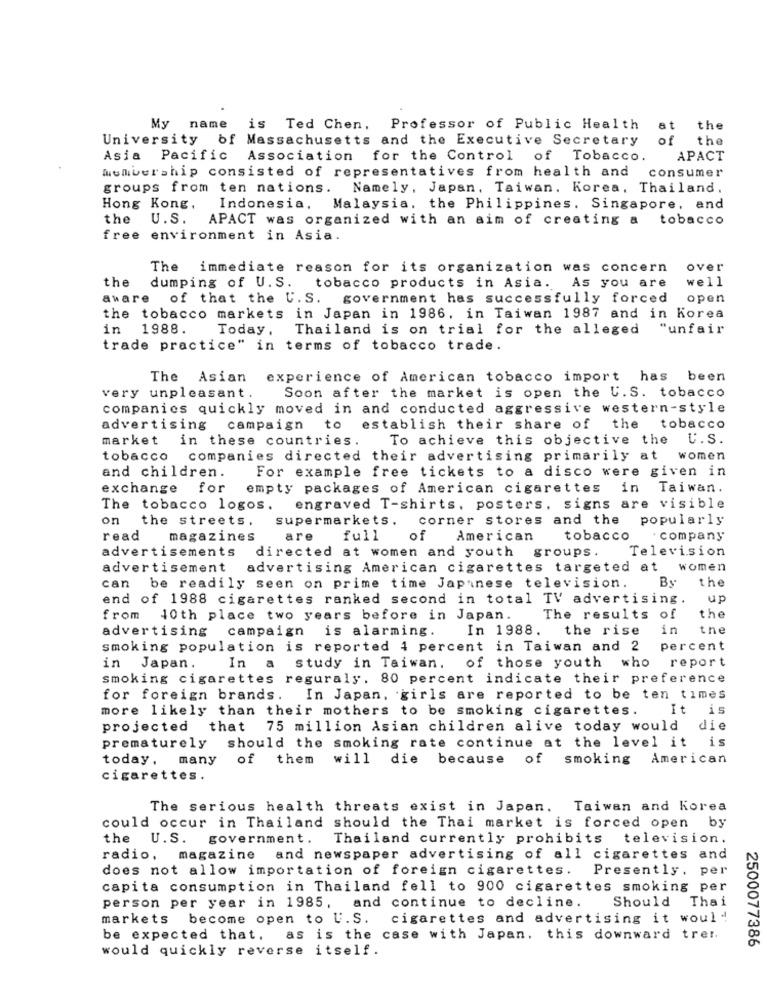
My name is Ted Chen, Professor of Public Health
at
the
University of Massachusetts and the Executive Secretary
of
the
Asia Pacific
Association for the Control of Tobacco.
APACT
membership consisted of representatives from health and
consumer
groups from ten nations.
Namely, Japan, Taiwan. Korea, Thailand.
Hong Kong.
Indonesia, Malaysia. the Philippines. Singapore, and
the
U.S. APACT was organized with an aim of creating a tobacco
free environment in Asia.
The immediate reason for its organization was concern
over
the
well
dumping of U.S. tobacco products in Asia. As you are
aware of that the U. S. government has successfully forced
open
the tobacco markets in Japan in 1986, in Taiwan 1987 and in Korea
in
1988.
Today .
Thailand is on trial for the alleged
"unfair
trade practice" in terms of tobacco trade.
The Asian
experience of American tobacco import has been
very unpleasant.
Soon after the market is open the U. S. tobacco
companies quickly moved in and conducted aggressive western-style
advertising campaign to
establish their share of the tobacco
market in these countries.
To achieve this objective the U.S.
tobacco companies directed their advertising primarily at women
For example free tickets to a disco were given in
and children.
exchange
for
empty packages of American cigarettes in Taiwan.
The tobacco logos.
engraved T-shirts. posters. signs are visible
on
the streets.
supermarkets.
corner stores and the
popularly
read
magazines
are
full
of
American
tobacco
company
advertisements
directed at women and youth
groups .
Television
advertisement
advertising American cigarettes targeted at
women
By
the
can
be readily seen on prime time Japanese television.
end of 1988 cigarettes ranked second in total TV advertising.
up
from
10th place two years before in Japan.
The results of
the
advertising
campaign
is alarming.
In 1988.
the rise
in
tne
smoking population is reported 4 percent in Taiwan and 2
percent
In
report
in Japan.
a
study in Taiwan.
of those youth who
smoking cigarettes reguraly. 80 percent indicate their preference
for foreign brands.
In Japan, girls are reported to be ten times
more likely than their mothers to be smoking cigarettes.
It
is
projected that 75 million Asian children alive today would
die
prematurely should the smoking rate continue at the level it is
today, many of them
will die
because
of
smoking
American
cigarettes.
The serious health threats exist in Japan. Taiwan and Korea
could occur in Thailand should the Thai market is forced open by
the
U.S. government.
Thailand currently prohibits television.
radio, magazine and newspaper advertising of all cigarettes and
does not allow importation of foreign cigarettes. Presently, per
capita consumption in Thailand fell to 900 cigarettes smoking per
Should
Thai
person per year in 1985, and continue to decline.
markets
become open to U. S.
cigarettes and advertising it would
be expected that, as is the case with Japan. this downward trer.
2500077386
would quickly reverse itself.